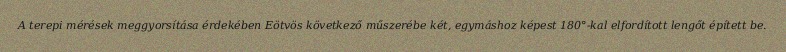
A terepi mérések meggyorsítása érdekében Eötvös következő műszerébe két, egymáshoz képest 180°-kal elfordított lengőt épített be.